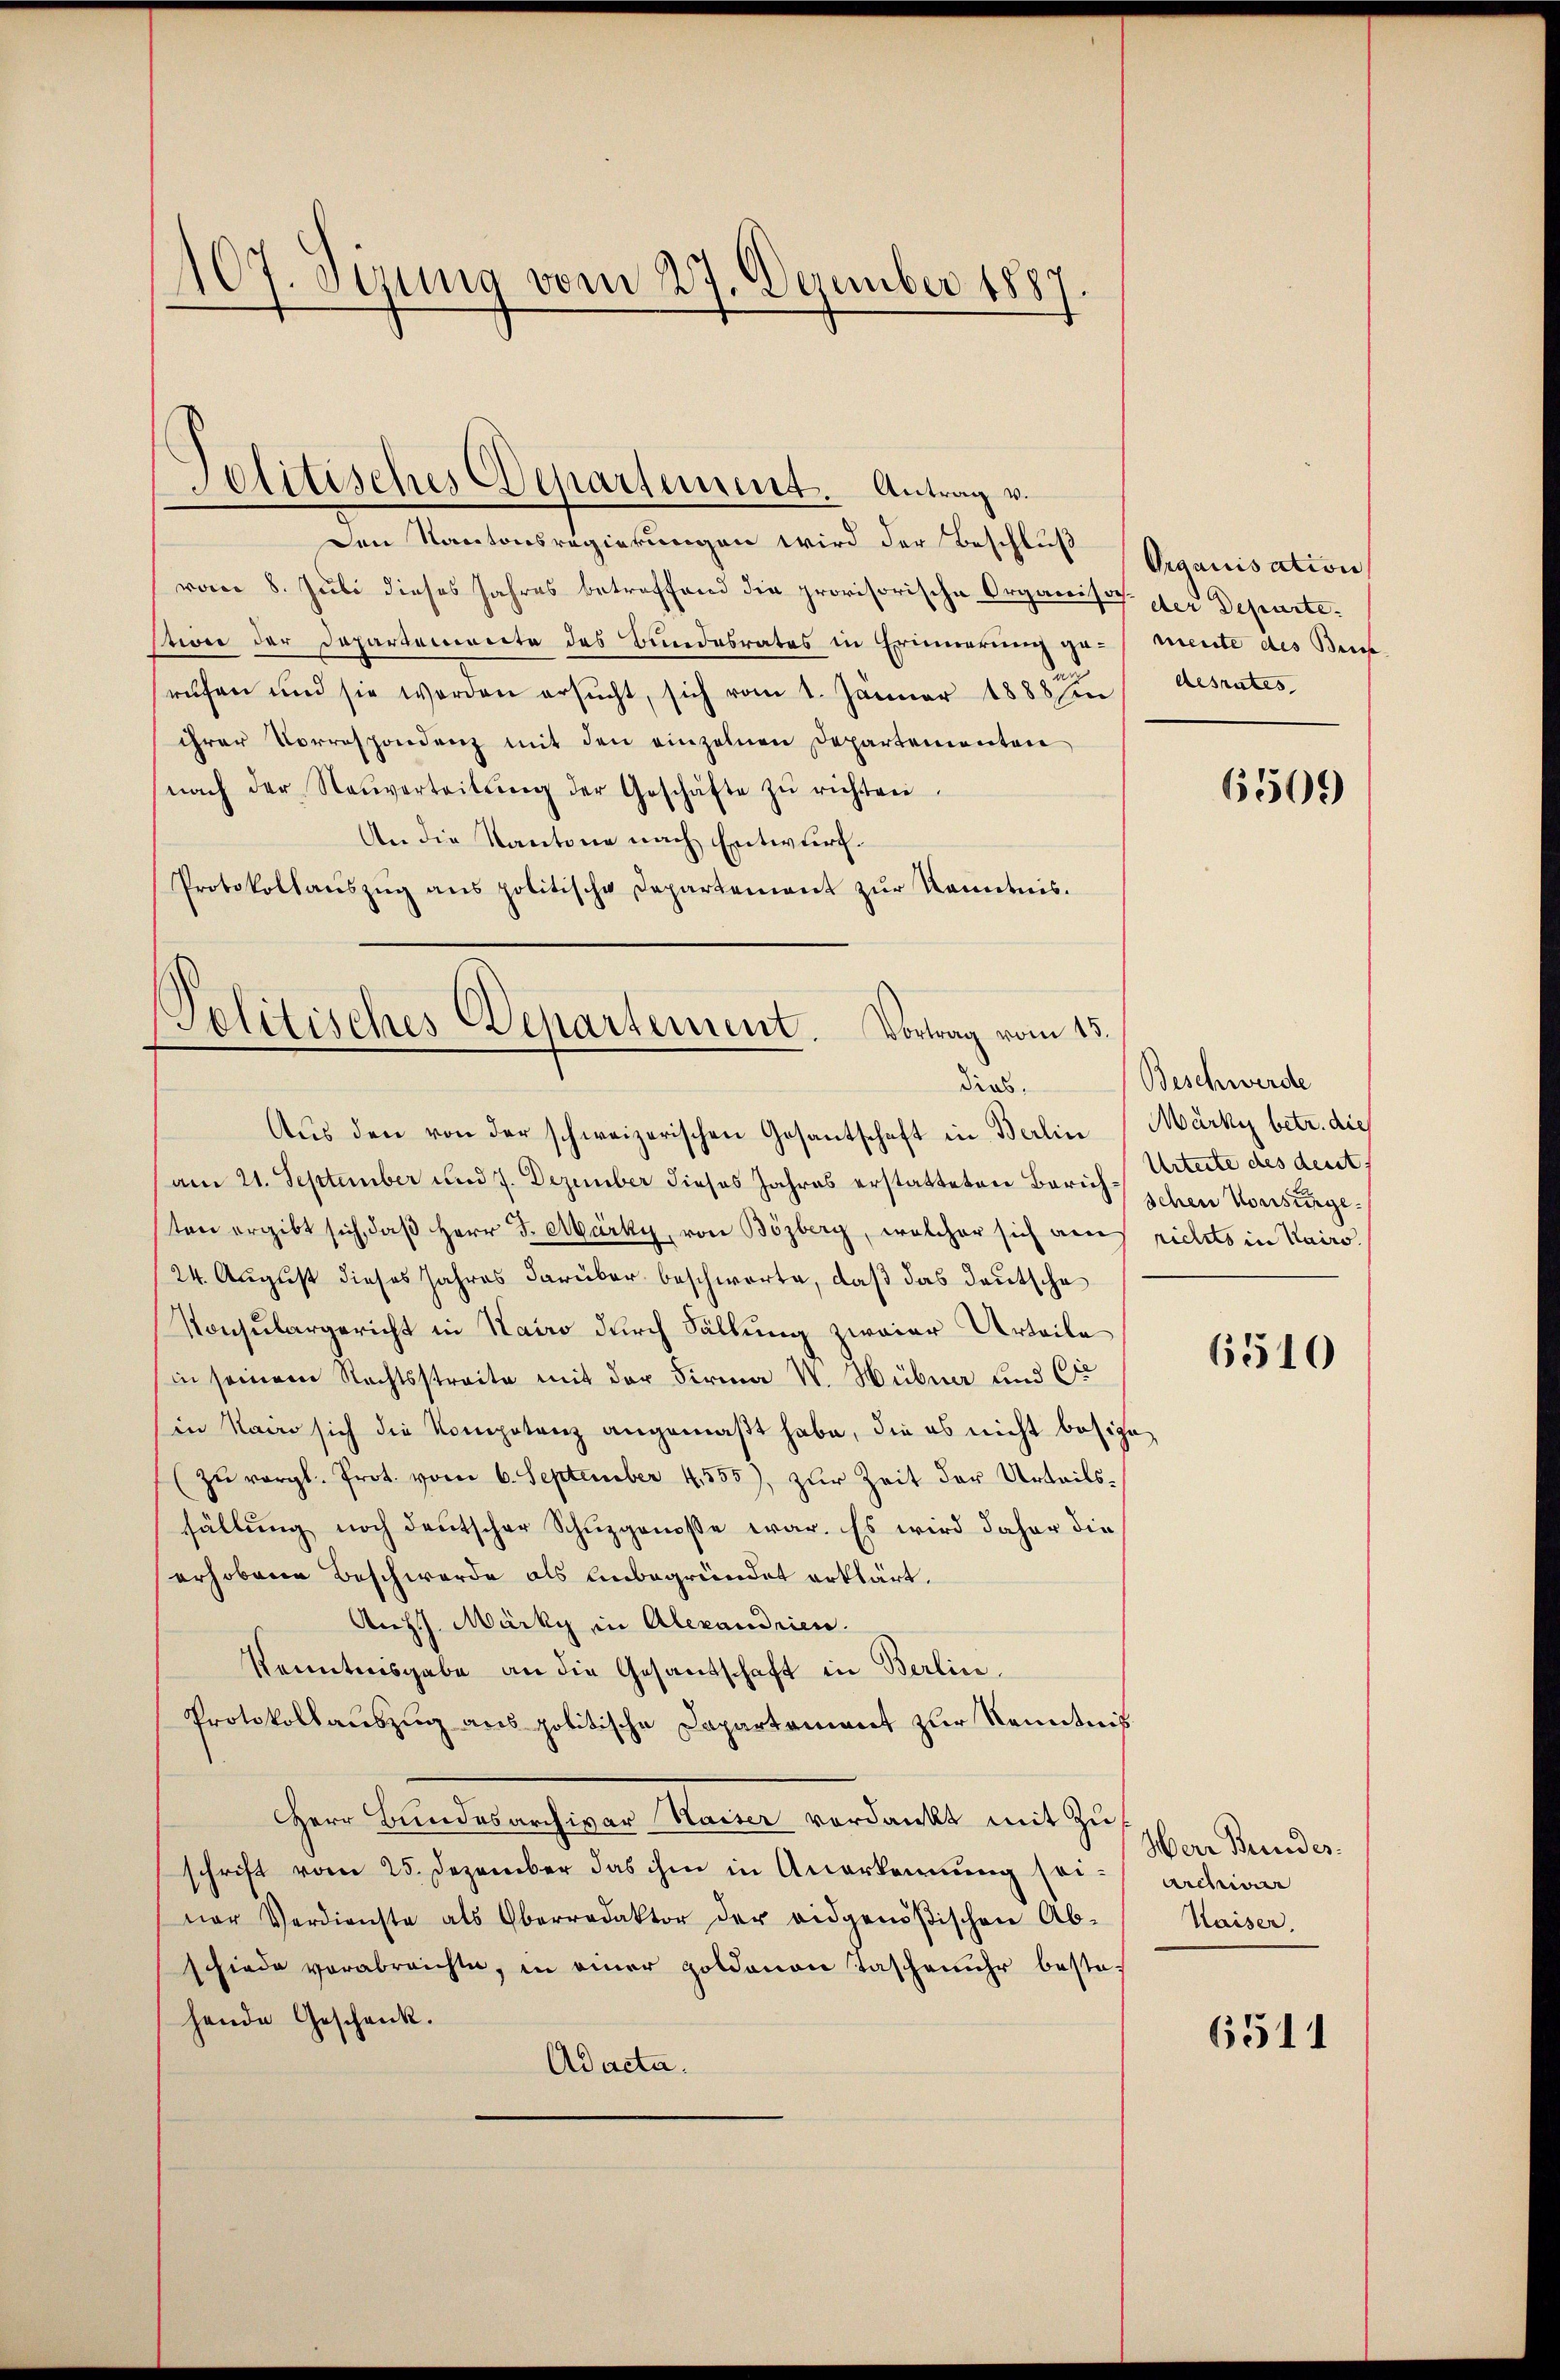
107. Jezung vom 27. Dezember 1887

Jolitisches Departement. Antrag v.

Den Kantonsregierungen wird der Beschluß
vom 8. Juli dieses Jahres betreffend die provisorische Organisi der Departestione der Departemente des Bundesrates in Erinnerung gerufen und sie werden ersŭcht, sich vom 1. Januar 1888 / desrates
ihrer Vorrespondenz mit den einzelnen Departementen
(nach der Neŭverteitŭng der Geschäfte zŭ richten.
An die Kantone nach Entwurf.
Protokollaŭszŭg ans politische Departement zŭr Kenntnis.

Politisches Departement. Vortrag vom 15.
Pr.
Aŭs den von der schweizerischen Gesantschaft in Berlin (Märky betr. die

Organisation
mente des Beis

am 21. September und 7. Dezember dieses Jahres erstatteten Zürich-Urteile des deutsten ergibt sich, daß Herr F. Märky, von Bözberg, welcher sich auch richts in Kairo
/24. August dieses Jahres darüber beschworte, daß das deutscha
Konsulargericht in Kairo durch Fällung zweier Urteile
in seinem Rechtsstreite mit der Firma W. Hübner und Cr
in Nein sich die Kompotenz angemaßt habe, die es nicht besize¬
(zŭ vergl. Prot. vom 6. September 4.555), zŭr Zeit der Urteilsfällung noch deutscher Schuzgenosse war. Es wird daher die
erhobene Beschwerde als Unbegründet erklärt.
Auhs. Märky in Alexandrien.
Kenntnisgabe an die Gesantschaft in Berlin.
Protokollauszug aus politische Capartement zur Kenntniß
Herr Bundesarchivar Kaiser verdankt mit Zuschrift vom 25. Dezember das ihm in Anerkennung seiner Verdienste als Oberredaktor der eidgenößischen Ab-
schiede verabreichte, in einer Goldauon Taschenuhr bestehende Geschenk.
Adacta.

6509

Beschwerde
schen Vorsinge.

6510

Herr Bunder.
Archivar
Kaiser,

6511